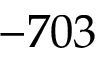
- 7 0 3